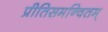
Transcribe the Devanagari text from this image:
प्रीतिसमन्वितम्